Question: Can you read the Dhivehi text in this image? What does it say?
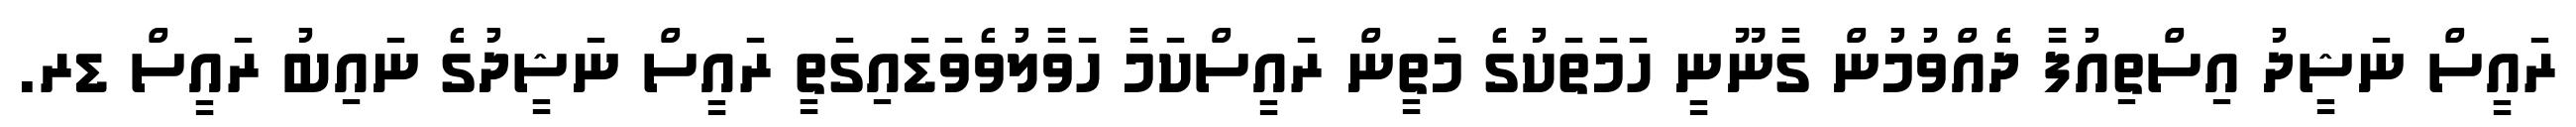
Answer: ރައީސް ނަޝީދު އިސްތިއުފާ ދެއްވުމުން ގާނޫނީ ހަމަތަކުގެ މަތީން ރައީސްކަމާ ހަވާލުވެވަޑައިގަތީ ރައީސް ނަޝީދުގެ ނައިބު ރައީސް ޑރ.